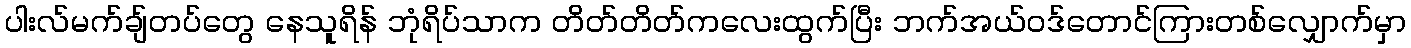
ပါးလ်မက်ချ်တပ်တွေ နေသူရိန် ဘုံရိပ်သာက တိတ်တိတ်ကလေးထွက်ပြီး ဘက်အယ်ဝဒ်တောင်ကြားတစ်လျှောက်မှာ